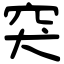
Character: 突